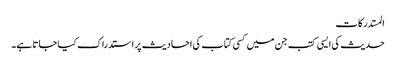
المستدرکات
حدیث کی ایسی کتب جن میں کسی کتاب کی احادیث پر استدراک کیا جاتا ہے۔